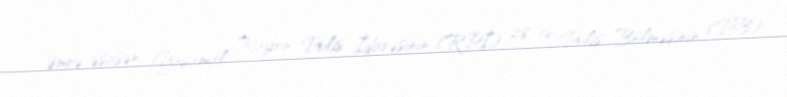
Əmrə əsasən, Yasamal Rayon Polis İdarəsinin (RPİ) 28-ci Polis Bölməsinin (PB)